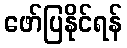
ဖော်ပြနိုင်ရန်